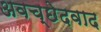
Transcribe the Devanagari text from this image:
अवच्छेदवाद